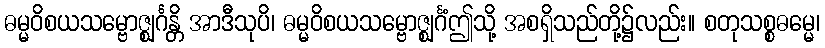
ဓမ္မဝိစယသမ္ဗောဇ္ဈင်္ဂန္တိ အာဒီသုပိ၊ ဓမ္မဝိစယသမ္ဗောဇ္ဈင်္ဂံဤသို့ အစရှိသည်တို့၌လည်း။ စတုသစ္စဓမ္မေ၊